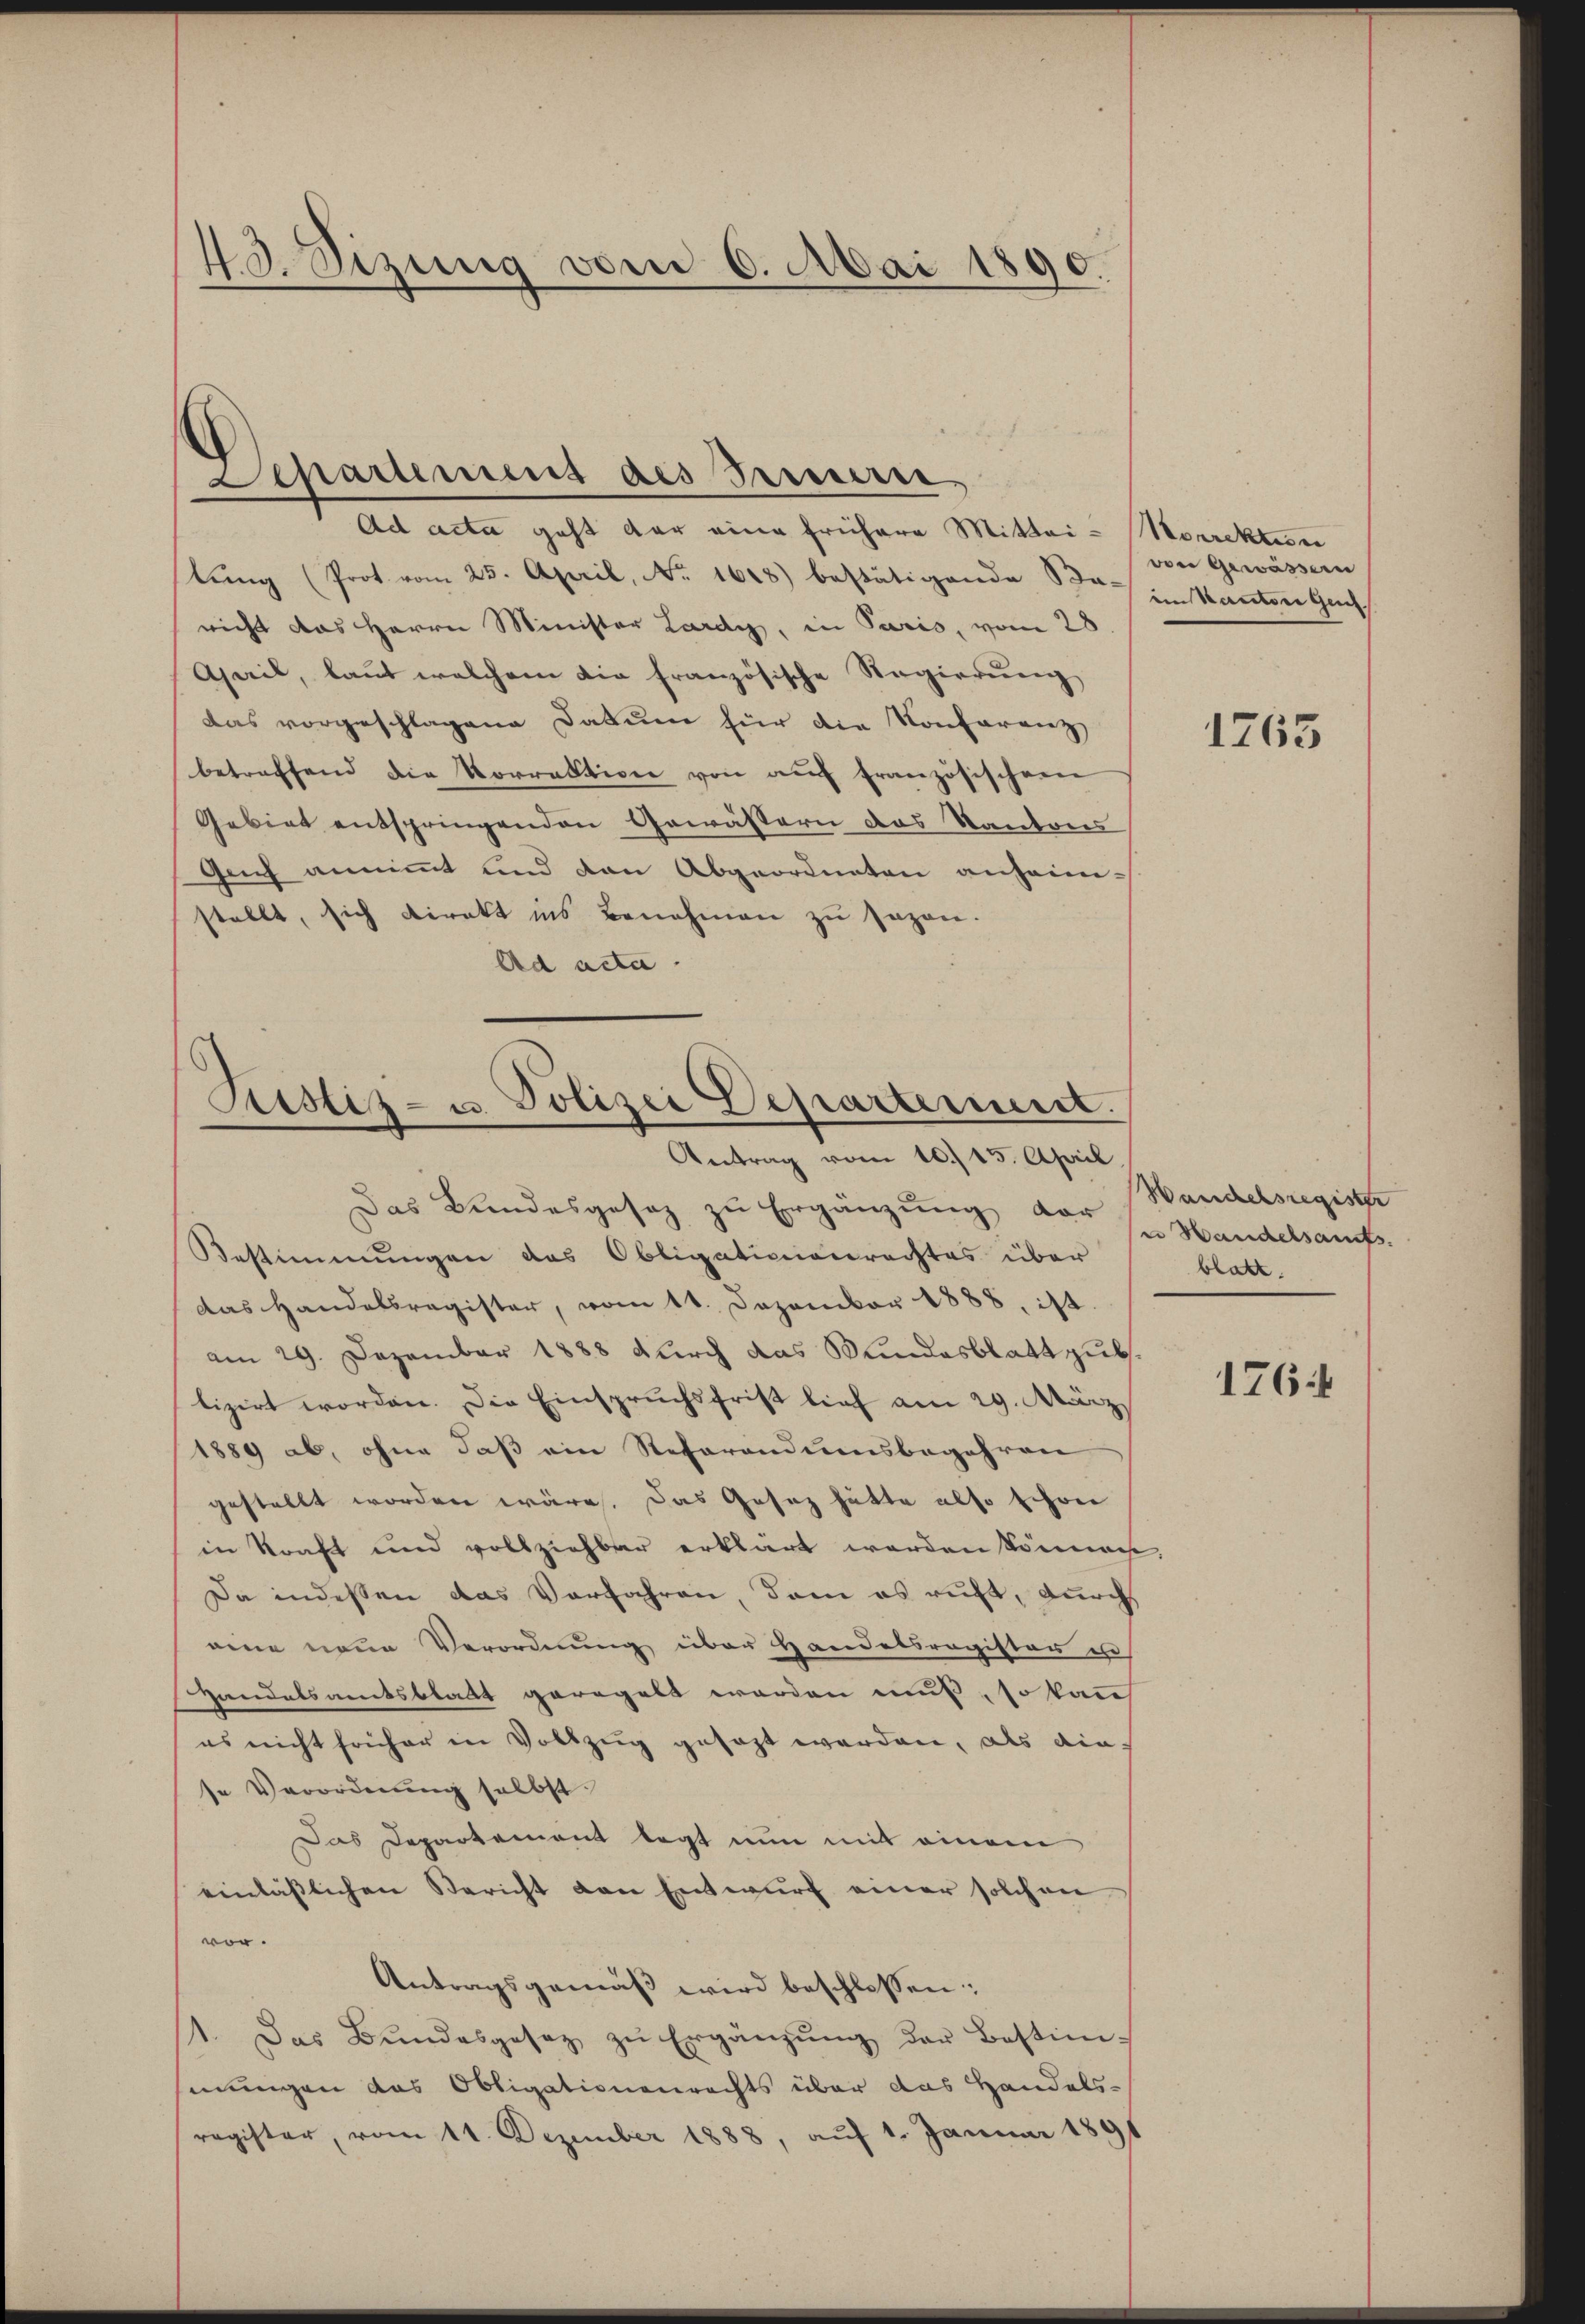
48. Sizung vom 6. Mai 1890.

Lepartemens des Preiserre
Ad acta geht der eine frühere Mittei-Norrektion
tŭng (Prot. vom 25. April, No. 1618) bestätigende er im Kanton Gunricht das Herrn Minister Lardy, in Paris, vom 28
Aail, laut welchem die französische Regierung
das vorgeschlagene Datum für die Konferenz
betreffend die Vorrektion von auf französischen
Gebiet entspringenden Gewässern des Kantons
Guch annimmt und den Abgeordneten anheimstellt, sich direkt ins Benehmen zu sagen.
Ad acta

Sistiz- u. Polizei Departeriert.
Antrag vom 10. 15. April,

von Gewässern

Das Bundesgesez zu Ergänzung der sr Handelsaufs.
Bestimmungen das Obligationenrechtes über
das Handelsregister, vom 11. Dezember 1888, ist.
am 29. Dezember 1888 durch das Kundesblatt zu.
lizirt worden. Die Einspruchsfrist lief am 29. März
1889 ab, ohne daß ein Referandumsbegehren
gestellt worden wäre. Das Gesetz hätte also schon
in Kraft und vollziehbar erklärt werden können,
Da indeßen das Verfahren, dam es ruft, durch
eine neue Verordnung über Handelsregister u
Handelsamtsblatt geregelt werden muß, so kann
es nicht früher in Vollzug gesezt werden, als diese Verordnung selbst.
Das Departement legt nun mit einem
einlässlichen Bericht den Entwŭrf einer solchen
vor.
Antragsgemäß wird beschlossen:
1. Das Bŭndesgesez zŭ Ergänzŭng der Bestim-
hmungen das Obligationenrechts über das Handelsregister, vom 11. Dezember 1888, auf 1. Januar 1891

1765

Wanchelsregister
blatt.

176.